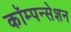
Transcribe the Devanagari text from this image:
कॉम्पन्सेशन